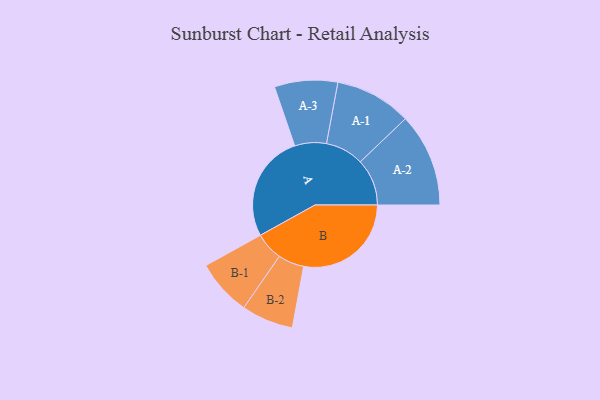
{"axis": {"x": "Segment", "y": "Value"}, "legend": ["", "A", "B"], "data": [{"x": "A", "y": 495, "type": ""}, {"x": "B", "y": 497, "type": ""}, {"x": "A-1", "y": 177, "type": "A"}, {"x": "A-2", "y": 216, "type": "A"}, {"x": "A-3", "y": 146, "type": "A"}, {"x": "B-1", "y": 130, "type": "B"}, {"x": "B-2", "y": 120, "type": "B"}]}